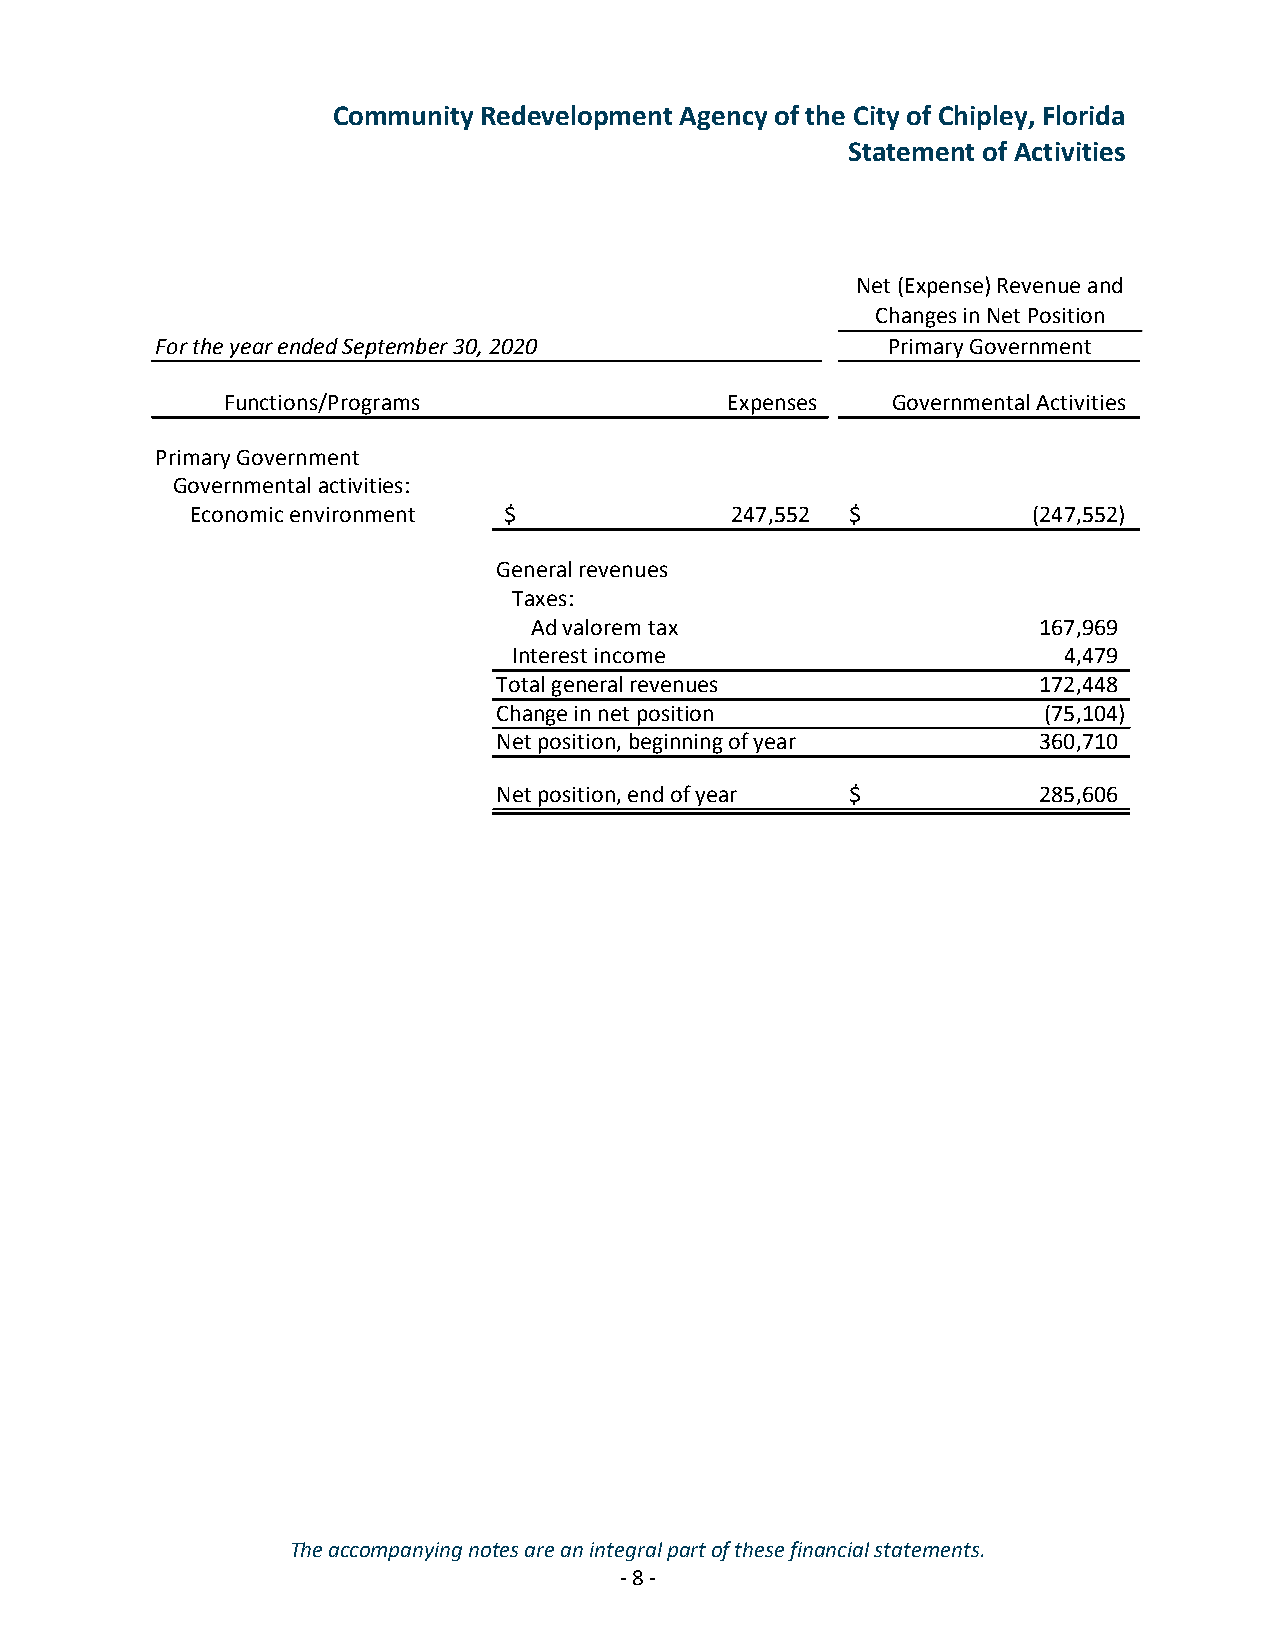
Community Redevelopment Agency of the City of Chipley, Florida
 Statement of Activities
 Net (Expense) Revenue and
 Changes in Net Position
 For the year ended September 30, 2020            Primary Government
 Functions/Programs               Expenses   Governmental Activities
 Primary Government
 Governmental activities:
 Economic environment $             247,552 $           ( 247,552)
 General revenues
 Taxes:
 Ad valorem tax                    167,969
 Interest income                     4 ,479
 Total general revenues              172,448
 Change in net position              (75,104)
 Net position, beginning of year     360,710
 Net position, end of year $         285,606
 The accompanying notes are an integral part of these financial statements.
 - 8 -